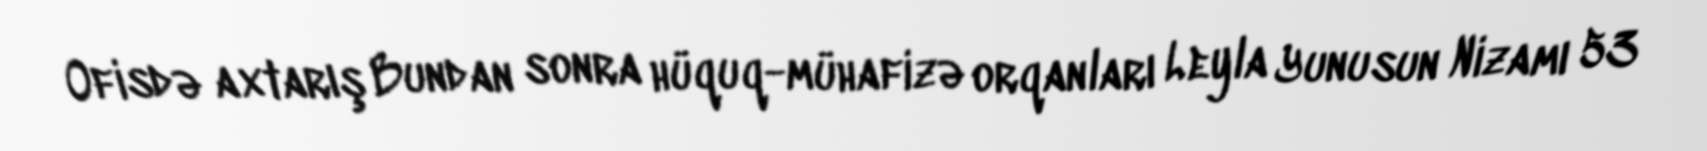
Ofisdə axtarış Bundan sonra hüquq-mühafizə orqanları Leyla Yunusun Nizamı 53